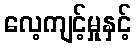
လေ့ကျင့်မှုနှင့်